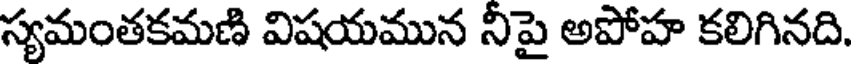
స్యమంతకమణి విషయమున నీపై అపోహ కలిగినది.